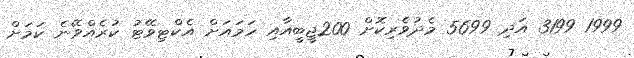
1999 3199 އަދި 5699 މެދުވެރިކޮށް 200ޖީބީއާއި ހަމައަށް އެކްޓިވޭޓު ކުރެއްވޭނެ ކަމަށް